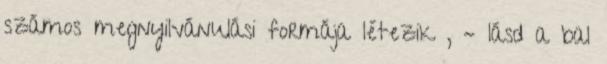
számos megnyilvánulási formája létezik , – lásd a bal